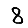
Digit: 8